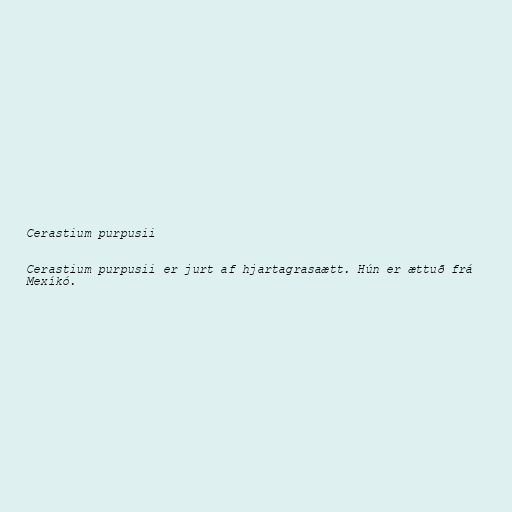
Cerastium purpusii

Cerastium purpusii er jurt af hjartagrasaætt. Hún er ættuð frá
Mexíkó.